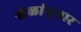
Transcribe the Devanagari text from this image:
खेळांनुसार